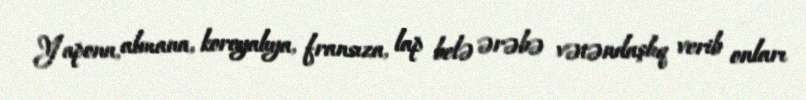
Yapona, almana, koreyalıya, fransıza, lap belə ərəbə vətəndaşlıq verib onları